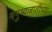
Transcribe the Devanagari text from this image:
मनुष्यजातीच्या